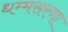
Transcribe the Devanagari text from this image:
धम्मसरणा